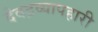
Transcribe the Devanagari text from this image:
देवद्रव्यापहारी